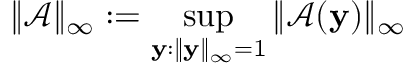
\| \mathcal { A } \| _ { \infty } : = \operatorname* { s u p } _ { \mathbf { y } : \| \mathbf { y } \| _ { \infty } = 1 } \| \mathcal { A } ( \mathbf { y } ) \| _ { \infty }